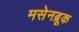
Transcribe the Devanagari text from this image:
मसेनब्रूक